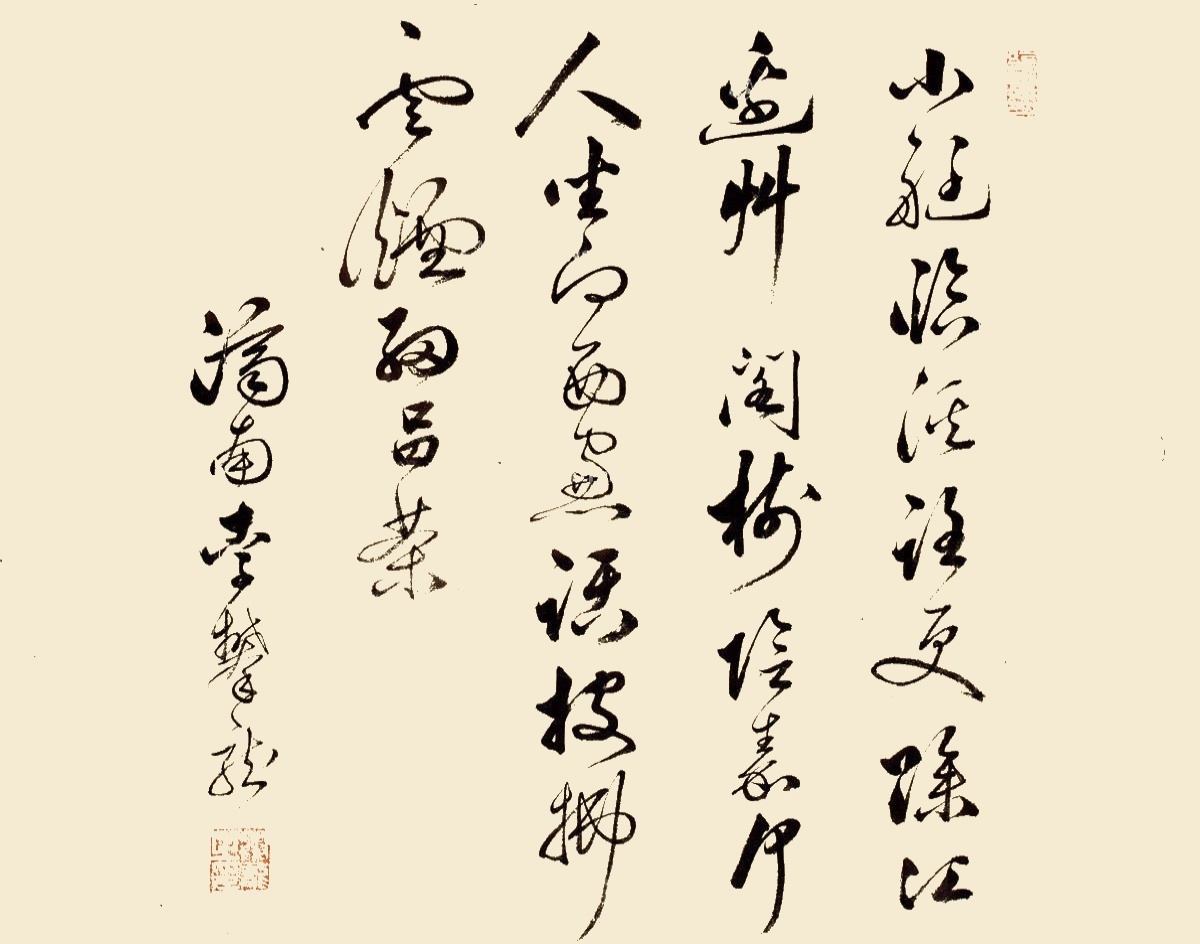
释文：小艇临溪路更赊，江边草阁树阴嘉。何人坐向西窗话，披拂云烟细品茶。济南李攀龙。